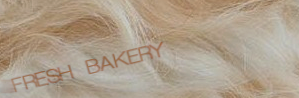
FRESH BAKERY